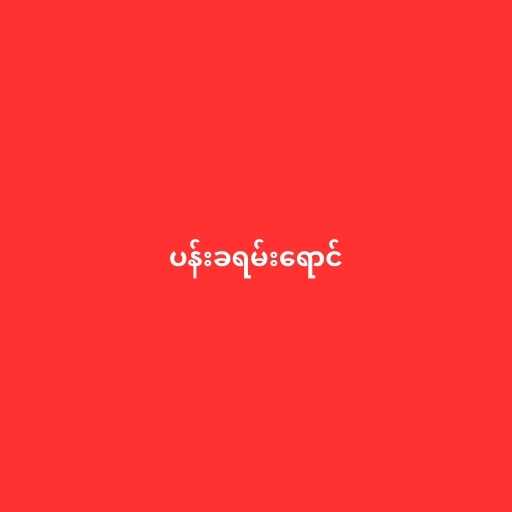
ပန်းခရမ်းရောင်